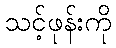
သင့်ဖုန်းကို